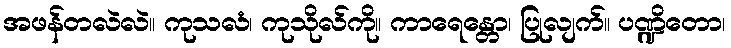
အဖန်တလဲလဲ။ ကုသလံ၊ ကုသိုလ်ကို။ ကာရေန္တော၊ ပြုလျက်။ ပဏ္ဍိတော၊